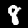
Digit: 8